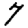
Digit: 7